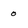
Character: 0